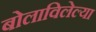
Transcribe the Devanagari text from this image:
बोलाविलेल्या